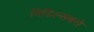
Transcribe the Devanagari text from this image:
मिडिल्सबरो